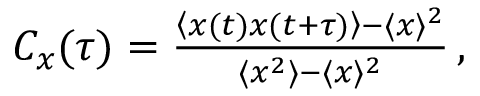
\begin{array} { r } { C _ { x } ( \tau ) = \frac { \left\langle x ( t ) x ( t + \tau ) \right\rangle - \langle x \rangle ^ { 2 } } { \langle x ^ { 2 } \rangle - \langle x \rangle ^ { 2 } } \, , } \end{array}